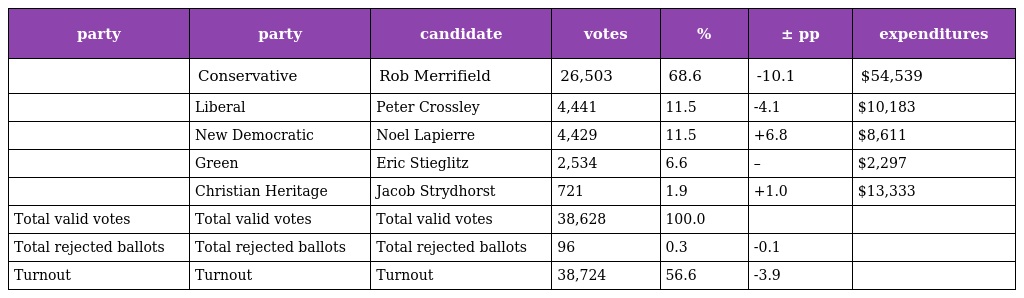
| party | party | candidate | votes | % | ± pp | expenditures |
 | --- | --- | --- | --- | --- | --- | --- |
 |  | Conservative | Rob Merrifield | 26,503 | 68.6 | -10.1 | $54,539 |
 |  | Liberal | Peter Crossley | 4,441 | 11.5 | -4.1 | $10,183 |
 |  | New Democratic | Noel Lapierre | 4,429 | 11.5 | +6.8 | $8,611 |
 |  | Green | Eric Stieglitz | 2,534 | 6.6 | – | $2,297 |
 |  | Christian Heritage | Jacob Strydhorst | 721 | 1.9 | +1.0 | $13,333 |
 | Total valid votes | Total valid votes | Total valid votes | 38,628 | 100.0 |  |  |
 | Total rejected ballots | Total rejected ballots | Total rejected ballots | 96 | 0.3 | -0.1 |  |
 | Turnout | Turnout | Turnout | 38,724 | 56.6 | -3.9 |  |